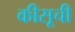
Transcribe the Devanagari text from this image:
कीसूची